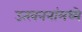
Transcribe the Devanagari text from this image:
उत्खननांमध्ये